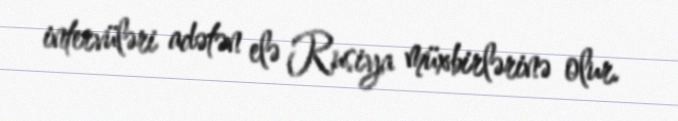
intervüləri adətən elə Rusiya müxbirlərinə olur.